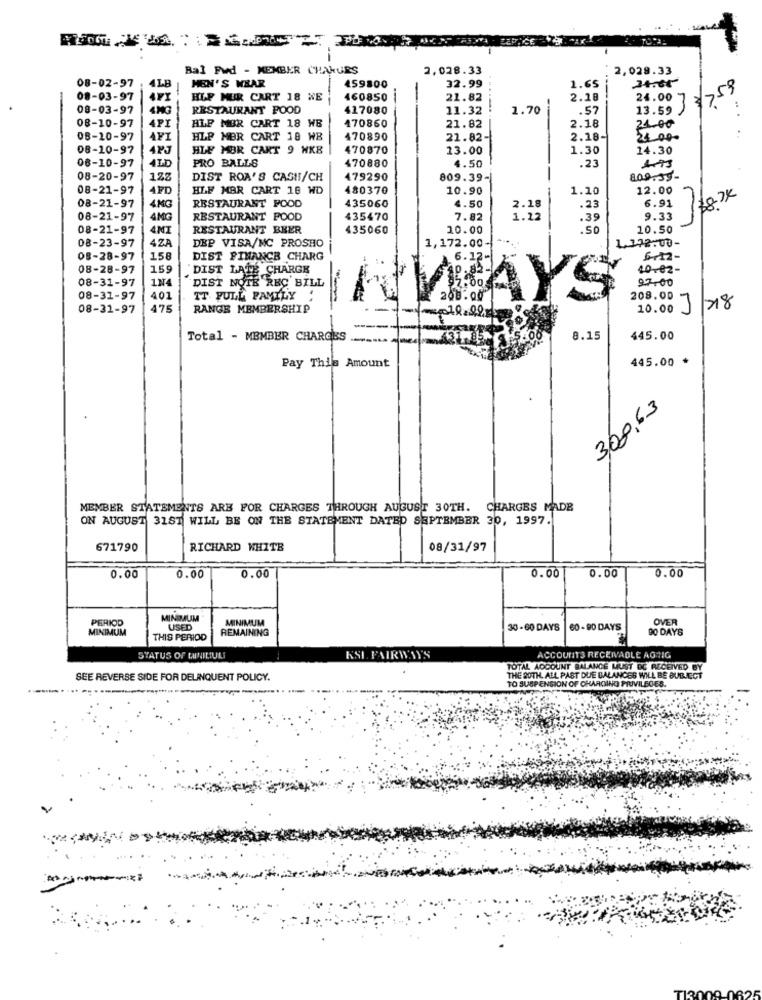
Bal Fwd - MEMBER CHAKURS
2,028.33
2,029.33
08-02-97
MEN'S WEAR
-
459800
32.99
1.65
3759
08-03-97
HLP MUR CART 18 WE
460850
21.82
2.18
24.00
08-03-97
4MG
RESTAURANT FOOD
417080
11.32
1.70
.57
13.59
08-10-97
API
470860
2.18
24.00
HLP MBR CART 18 WB
21.82
08-10-97
API
HLP MER CART 18 WB
470890
21.82-
2.18-
24 00-
08-10-97
4PJ
HLF MOR CART 9 HKB
470870
13.00
1.30
14.30
PRO BALLS
4.50
08-10-97
4ID
470880
.23
08-20-97
DIST ROA'S CASH/CH
479290
809.39-
8.09.39-
08-21-97
AFD
HLF MBR CART 18 WD
480370
10.90
1.10
12.00
RESTAURANT FOOD
435060
4.50
6.91
08-21-97
2.18
.23
08-21-97
4MG
RESTAURANT FOOD
435470
7.82
1.22
.39
9.33
m
08-21-97
RESTAURANT BEER
435060
10.00
.50
10.50
DEP VISA/MC PROSHO
1,172.00-
1.172.00-
08-23-97
4ZA
08-28-97
158
DIST FINANCE CHARG
6.12-
08-28-97
159
DIST LATE CHARGE
40-02-
08-31-97
134
9.7.00
DIST NOTE REC BILL
08-31-97
401
IT FULL FAMILY :
208.00
08-31-97
475
RANGE MEMBERSHIP
WAYS
10.00
28
Total - MEMBER CHARGES
8.15
445.00
445.00 *
Pay This Amount
3,00,63
MEMBER STATEMENTS ARE FOR CHARGES THROUGH AUGUST 30TH. CHARGES MADE
ON AUGUST 31ST WILL BE ON THE STATEMENT DATED SEPTEMBER 30, 1997.
671790
RICHARD WHITE
08/31/97
0.00
0.00
0.00
0.00
0.00
0.00
PERIOD
MINIMUM
MINIMUM
OVER
MINIMUM
USED
REMAINING
30 -60 DAYS
60 - 90 DAYS
90 DAYS
THIS PERIOD
STATUS OF BAINILIULI
KSI FAIRWAY'S
ACCOUNTS RECEIVABLE AGTIG
TOTAL ACCOUNT BALANCE MUST BE RECEIVED BY
SEE REVERSE SIDE FOR DELINQUENT POLICY.
THE BOTH. ALL PAST DUE BALANCES WILL BE SUBJECT
TO SUSPENSION OF CHARGING PRIVILEGES.